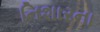
નિશારના